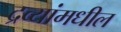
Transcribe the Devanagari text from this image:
द्रव्यांमधील